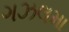
ગઝલમા